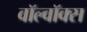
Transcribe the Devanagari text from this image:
वॉल्वॉक्स